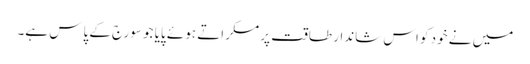
میں نے خود کو اس شاندار طاقت پر مسکراتے ہوئے پایا جو سورج کے پاس ہے۔